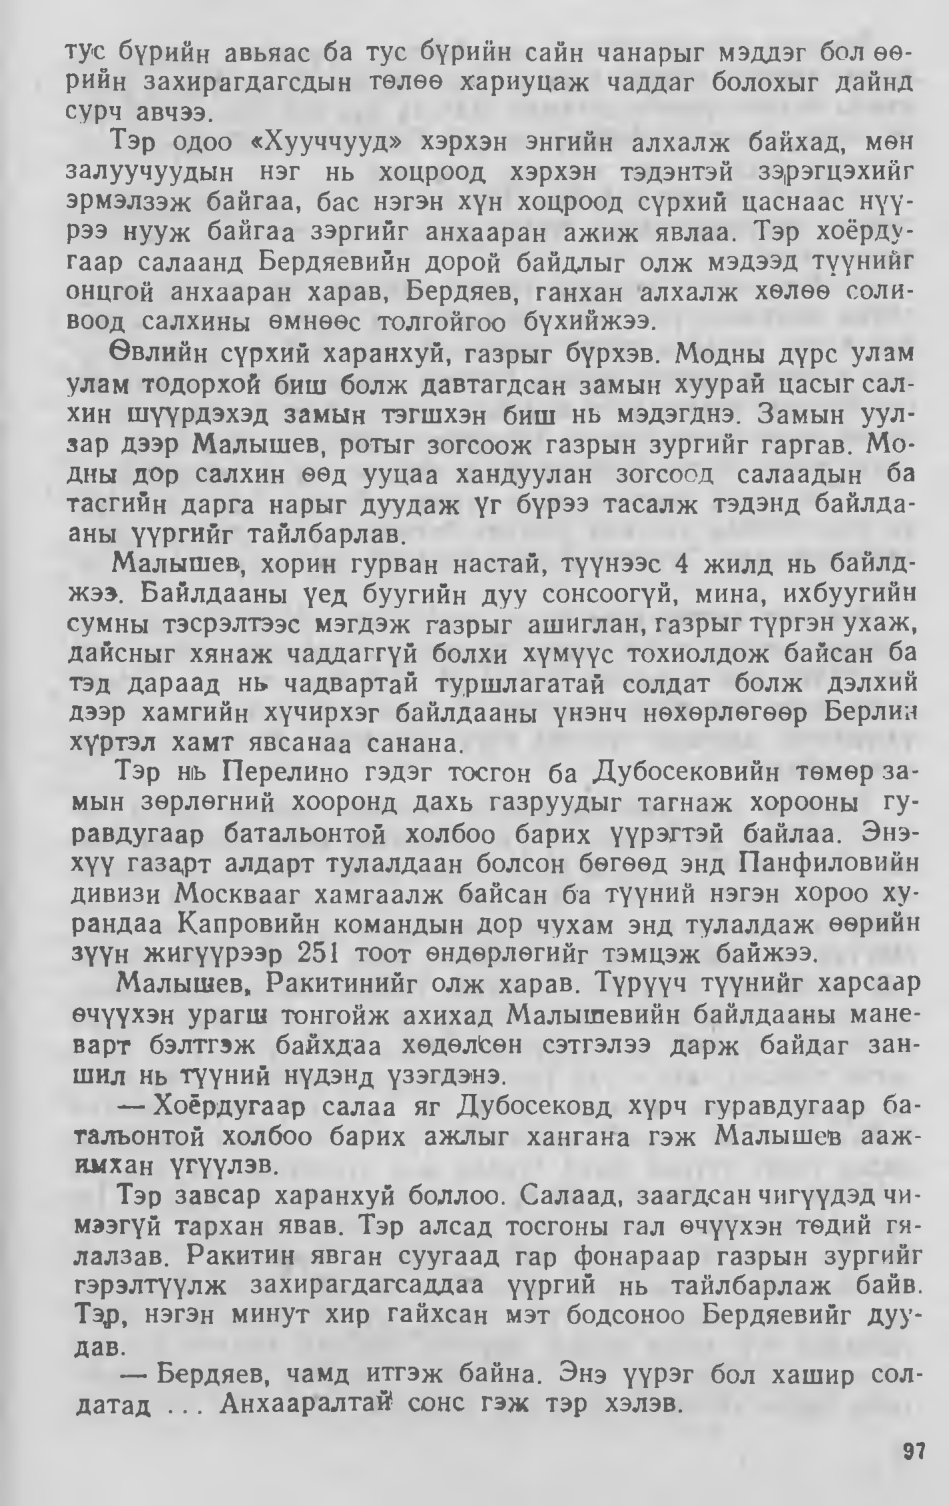
Language: mn